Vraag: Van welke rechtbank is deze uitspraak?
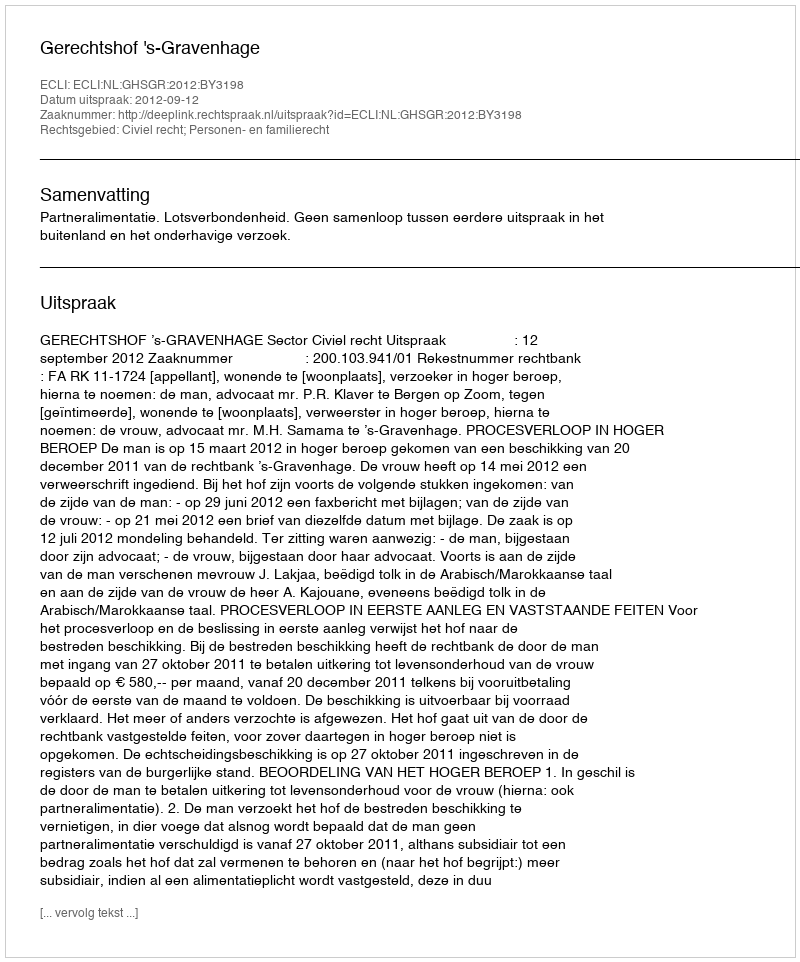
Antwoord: Gerechtshof 's-Gravenhage